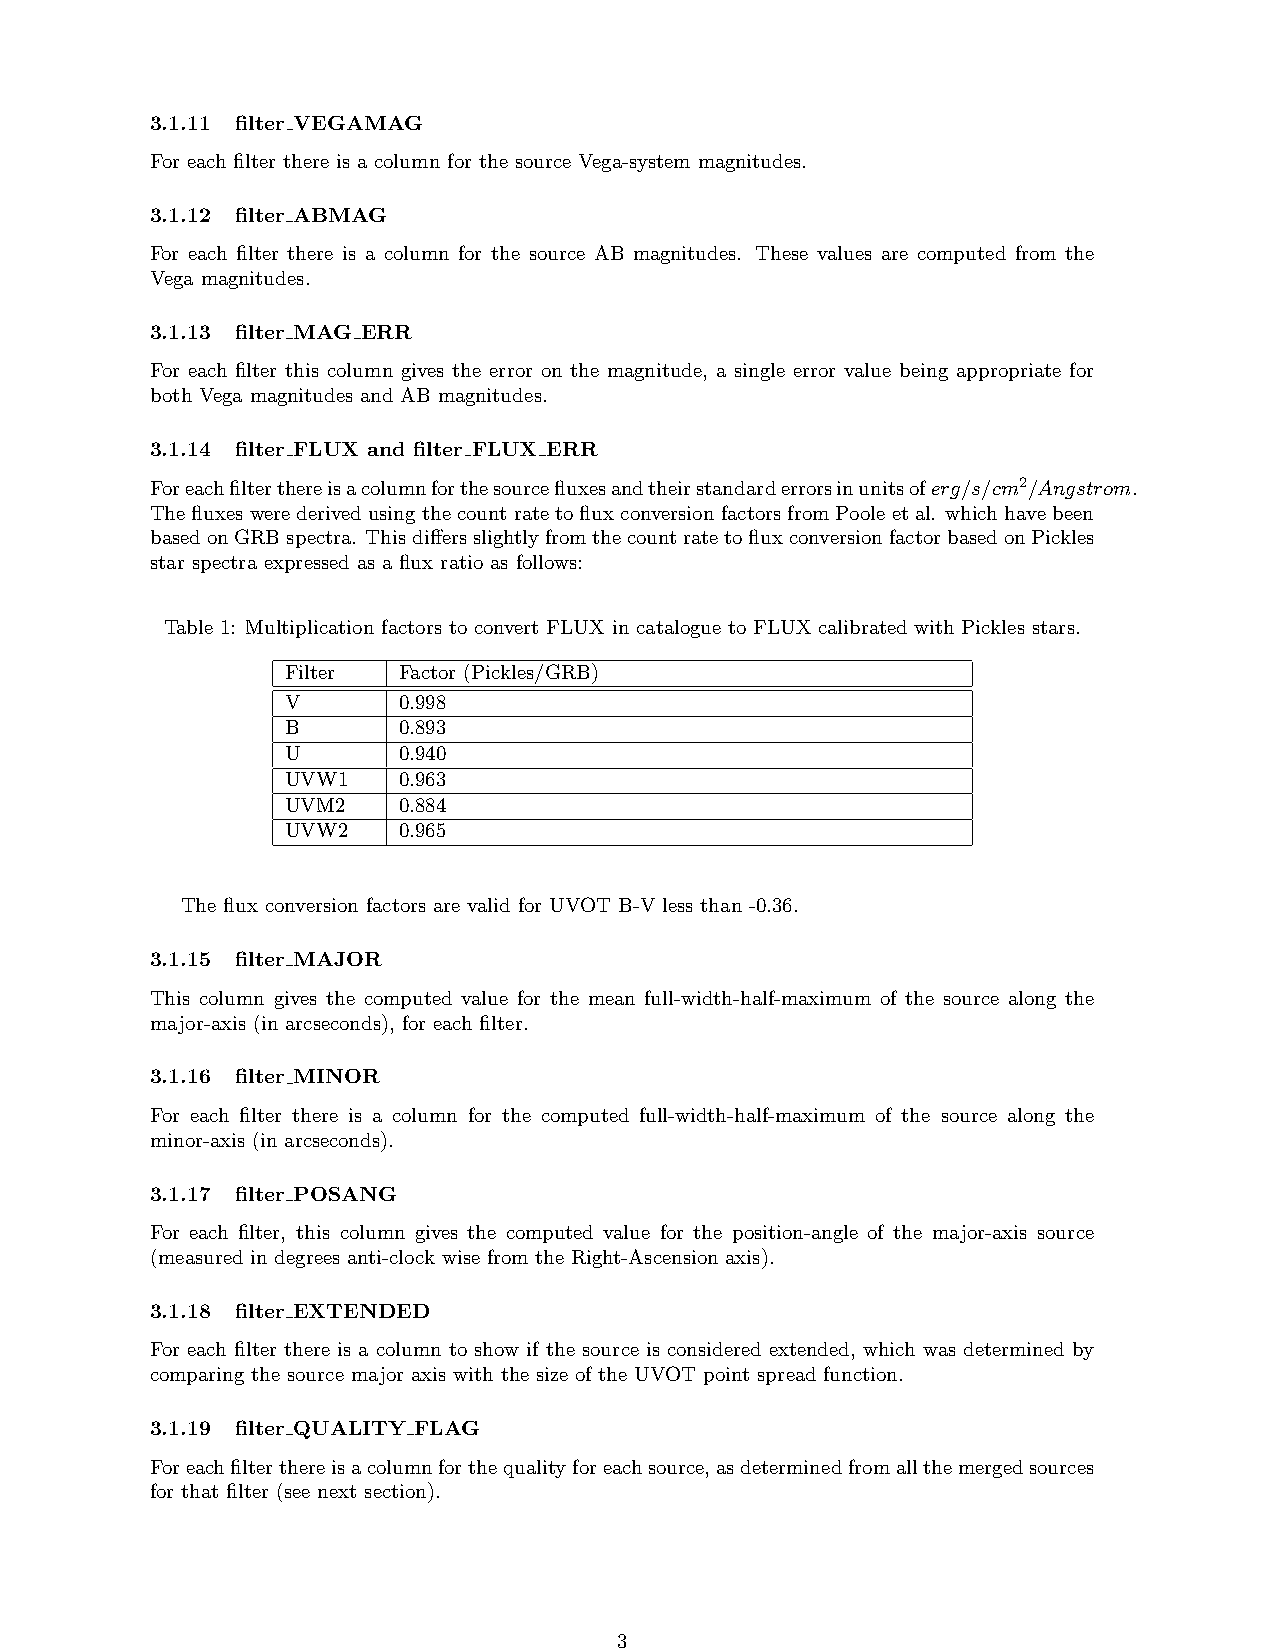
3.1.11 filter VEGAMAG
 For each filter there is a column for the source Vega-system magnitudes.
 3.1.12 filter ABMAG
 For each filter there is a column for the source AB magnitudes. These values are computed from the
 Vega magnitudes.
 3.1.13 filter MAG ERR
 For each filter this column gives the error on the magnitude, a single error value being appropriate for
 both Vega magnitudes and AB magnitudes.
 3.1.14 filter FLUX and filter FLUX ERR
 Foreachfilterthereisacolumnforthesourcefluxesandtheirstandarderrorsinunitsoferg/s/cm2/Angstrom.
 ThefluxeswerederivedusingthecountratetofluxconversionfactorsfromPooleetal. whichhavebeen
 basedonGRBspectra. ThisdiffersslightlyfromthecountratetofluxconversionfactorbasedonPickles
 star spectra expressed as a flux ratio as follows:
 Table 1: Multiplication factors to convert FLUX in catalogue to FLUX calibrated with Pickles stars.
 Filter Factor (Pickles/GRB)
 V      0.998
 B      0.893
 U      0.940
 UVW1   0.963
 UVM2   0.884
 UVW2   0.965
 The flux conversion factors are valid for UVOT B-V less than -0.36.
 3.1.15 filter MAJOR
 This column gives the computed value for the mean full-width-half-maximum of the source along the
 major-axis (in arcseconds), for each filter.
 3.1.16 filter MINOR
 For each filter there is a column for the computed full-width-half-maximum of the source along the
 minor-axis (in arcseconds).
 3.1.17 filter POSANG
 For each filter, this column gives the computed value for the position-angle of the major-axis source
 (measured in degrees anti-clock wise from the Right-Ascension axis).
 3.1.18 filter EXTENDED
 For each filter there is a column to show if the source is considered extended, which was determined by
 comparing the source major axis with the size of the UVOT point spread function.
 3.1.19 filter QUALITY FLAG
 Foreachfilterthereisacolumnforthequalityforeachsource,asdeterminedfromallthemergedsources
 for that filter (see next section).
 3